Burma Government Medical School reports 1923-41
Year: 1923
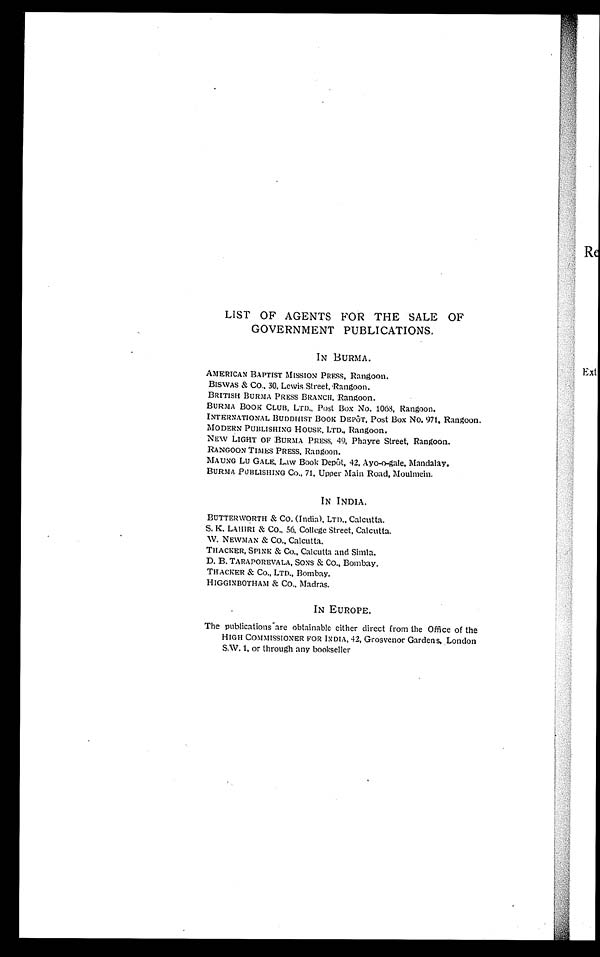
LIST OF AGENTS FOR THE SALE OF
GOVERNMENT PUBLICATIONS.
IN BURMA.
AMERICAN BAPTIST MISSION PRESS, Rangoon.
BISWAS & Co., 30, Lewis Street, Rangoon.
BRITISH BURMA PRESS BRANCH, Rangoon.
BURMA BOOK CLUB, LTD., Post Box No. 1068, Rangoon.
INTERNATIONAL BUDDHIST BOOK DEPÔT, Post Box No. 971, Rangoon.
MODERN PUBLISHING HOUSE, LTD., Rangoon.
NEW LIGHT OF BURMA PRESS, 49, Phayre Street, Rangoon.
RANGOON TIMES PRESS, Rangoon.
MAUNG LU GALE, Law Book Depôt, 42, Ayo-o-gale. Mandalay.
BURMA PUBLISHING Co., 71, Upper Main Road, Moulmein.
IN INDIA.
BUTTERWORTH & Co. (India). LTD., Calcutta.
S. K. LAHIRI & Co., 56, College Street, Calcutta.
W. NEWMAN & Co., Calcutta.
THACKER, SPINK & Co., Calcutta and Simla.
D. B. TARAPOREVALA, SONS & Co., Bombay.
TRACKER & Co., LTD., Bombay.
HIGGINBOTHAM Co., Madras.
IN EUROPE.
The publications -are obtainable either direct from the Office of the
HIGH COMMISSIONER FOR INDIA, 42, Grosvenor Gardens, London
S.W.1, or through any booksellerss